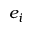
e _ { i }